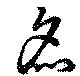
炙